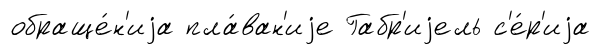
обраще́н'иjа пла́ван'иjе Габр'иjель с'е́р'иjа